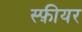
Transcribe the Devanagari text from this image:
स्फ़ीयर